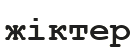
жіктер